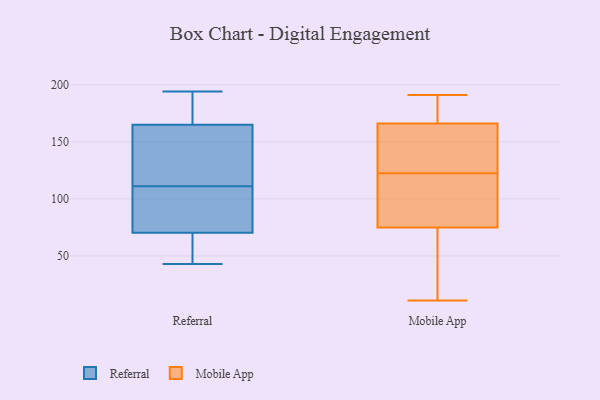
{"axis": {"x": "Net Income (USD K)", "y": "Value"}, "legend": ["Mobile App", "Referral"], "data": [{"x": "", "y": 111, "type": "Referral"}, {"x": "", "y": 160, "type": "Referral"}, {"x": "", "y": 100, "type": "Referral"}, {"x": "", "y": 168, "type": "Referral"}, {"x": "", "y": 164, "type": "Referral"}, {"x": "", "y": 107, "type": "Referral"}, {"x": "", "y": 43, "type": "Referral"}, {"x": "", "y": 116, "type": "Referral"}, {"x": "", "y": 65, "type": "Referral"}, {"x": "", "y": 194, "type": "Referral"}, {"x": "", "y": 160, "type": "Referral"}, {"x": "", "y": 193, "type": "Referral"}, {"x": "", "y": 72, "type": "Referral"}, {"x": "", "y": 62, "type": "Referral"}, {"x": "", "y": 44, "type": "Referral"}, {"x": "", "y": 173, "type": "Referral"}, {"x": "", "y": 84, "type": "Referral"}, {"x": "", "y": 96, "type": "Mobile App"}, {"x": "", "y": 162, "type": "Mobile App"}, {"x": "", "y": 189, "type": "Mobile App"}, {"x": "", "y": 102, "type": "Mobile App"}, {"x": "", "y": 72, "type": "Mobile App"}, {"x": "", "y": 170, "type": "Mobile App"}, {"x": "", "y": 11, "type": "Mobile App"}, {"x": "", "y": 142, "type": "Mobile App"}, {"x": "", "y": 184, "type": "Mobile App"}, {"x": "", "y": 13, "type": "Mobile App"}, {"x": "", "y": 191, "type": "Mobile App"}, {"x": "", "y": 155, "type": "Mobile App"}, {"x": "", "y": 106, "type": "Mobile App"}, {"x": "", "y": 78, "type": "Mobile App"}, {"x": "", "y": 67, "type": "Mobile App"}, {"x": "", "y": 139, "type": "Mobile App"}]}